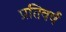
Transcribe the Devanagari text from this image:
प्रतिवर्ष